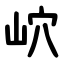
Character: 岤